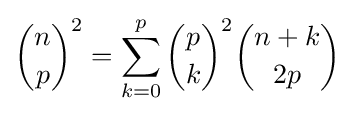
{n \choose p}^{2}=\sum _{k=0}^{p}{p \choose k}^{2}{{n+k} \choose {2p}}